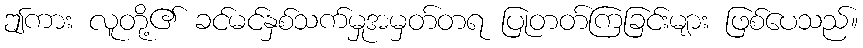
ဤကား လူတို့၏ ခင်မင်နှစ်သက်မှုအမှတ်တရ ပြုတတ်ကြခြင်းများ ဖြစ်ပေသည်။